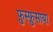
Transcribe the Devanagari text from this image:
फ़ुस्फ़ुसाया